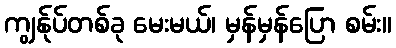
ကျွန်ုပ်တစ်ခု မေးမယ်၊ မှန်မှန်ပြော စမ်း။